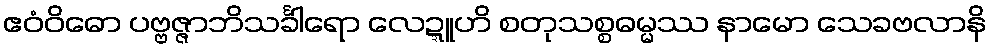
ဧဝံဝိဓော ပဗ္ဗဇ္ဇာဘိသင်္ခါရော လေဍ္ဍူဟိ စတုသစ္စဓမ္မဿ နာမော သေခဗလာနိ